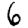
Digit: 6